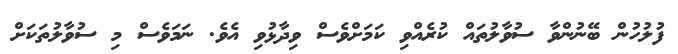
ފުލުހުން ބޭނުންވާ ސުވާލުތައް ކުރެއްވި ކަމަށްވެސް ވިދާޅުވި އެވެ. ނަމަވެސް މި ސުވާލުތަކަށް